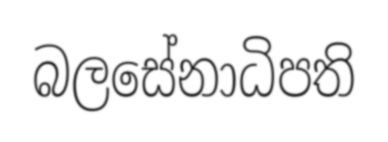
බලසේනාධිපති